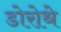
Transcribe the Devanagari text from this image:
डोरोथे